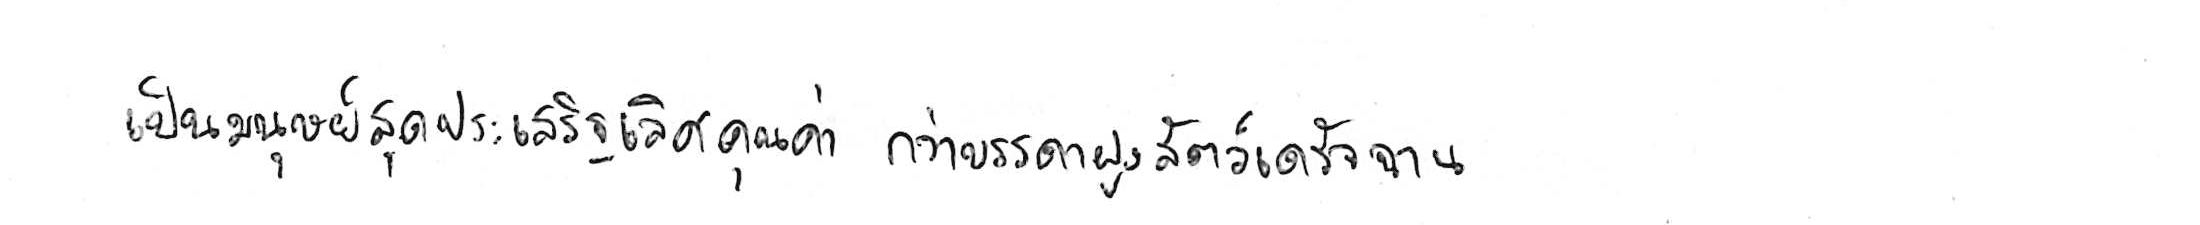
เป็นมนุษย์สุดประเสริฐเลิศคุณค่า กว่าบรรดาฝูงสัตว์เดรัจฉาน